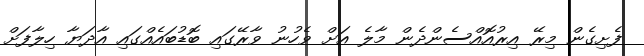
ފެށިގެން މިރޭ އިރުއޮއްސެންދެން މާލެ އަށް ވެހުނު ވާރޭގައި ބޮޑުބައެެއްގައި އާދަޔާ ހިލާފަށް